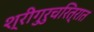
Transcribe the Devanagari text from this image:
श्रीगुरुचरित्रात